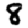
Digit: 8